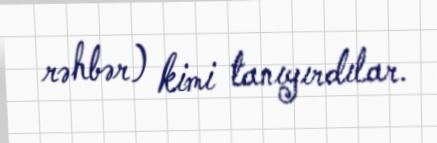
rəhbər) kimi tanıyırdılar.